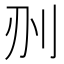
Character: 𠛂